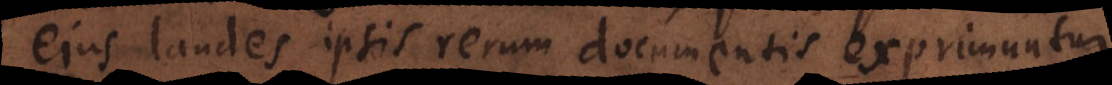
ejus laudes ipsis rerum documentis exprimuntur.